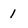
Character: 1